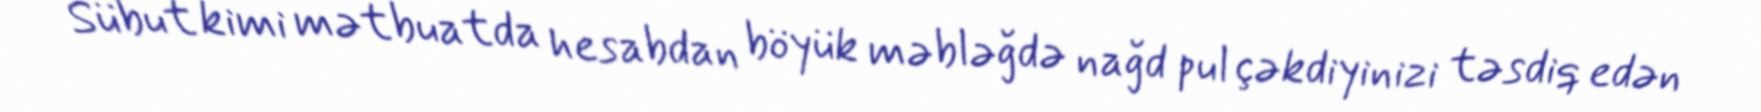
Sübut kimi mətbuatda hesabdan böyük məbləğdə nağd pul çəkdiyinizi təsdiq edən